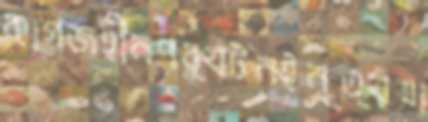
কাগজহীনপর্যটনইনৃত্যযা